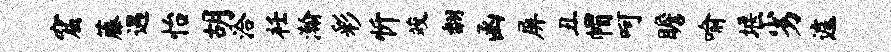
窟藤遇怡胡洽衽瀚彩忻竣翻函屏丑帽呵瞻喻堰劣遽